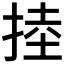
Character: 𢯅